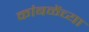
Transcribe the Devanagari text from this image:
कांबळेंच्या